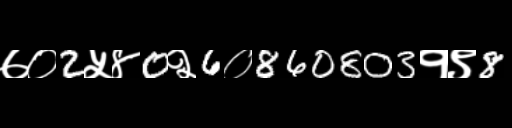
Text: ७०2५४0२6०860803१९8